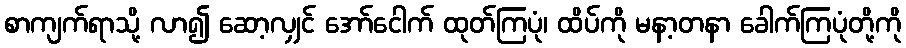
စာကျက်ရာသို့ လာ၍ ဆော့လျှင် အော်ငေါက် ထုတ်ကြပုံ၊ ထိပ်ကို မနာ့တနာ ခေါက်ကြပုံတို့ကို